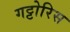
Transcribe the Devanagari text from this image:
गट्टोरिस